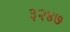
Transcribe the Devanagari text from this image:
३२४७